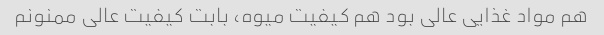
هم مواد غذایی عالی بود هم کیفیت میوه، بابت کیفیت عالی ممنونم